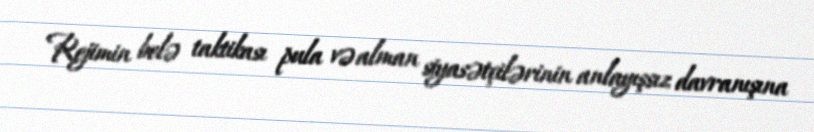
Rejimin belə taktikası pula və alman siyasətçilərinin anlayışsız davranışına